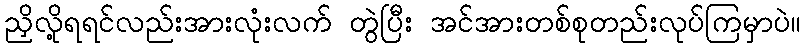
ညှိလို့ရရင်လည်းအားလုံးလက် တွဲပြီး အင်အားတစ်စုတည်းလုပ်ကြမှာပဲ။